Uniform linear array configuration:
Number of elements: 4
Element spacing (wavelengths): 0.25
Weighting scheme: cosine
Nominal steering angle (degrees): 60
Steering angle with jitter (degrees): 58.228
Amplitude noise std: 0.05
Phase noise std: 0.05

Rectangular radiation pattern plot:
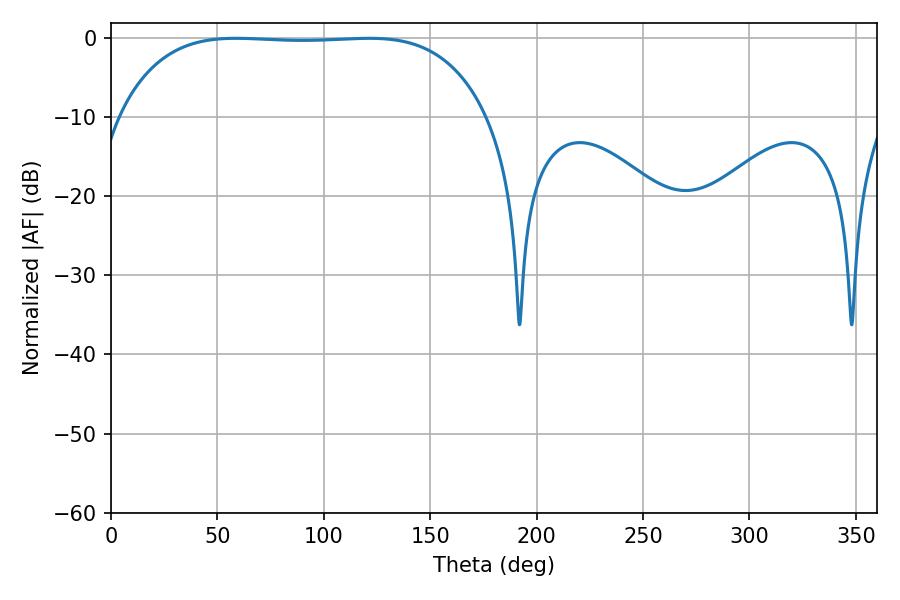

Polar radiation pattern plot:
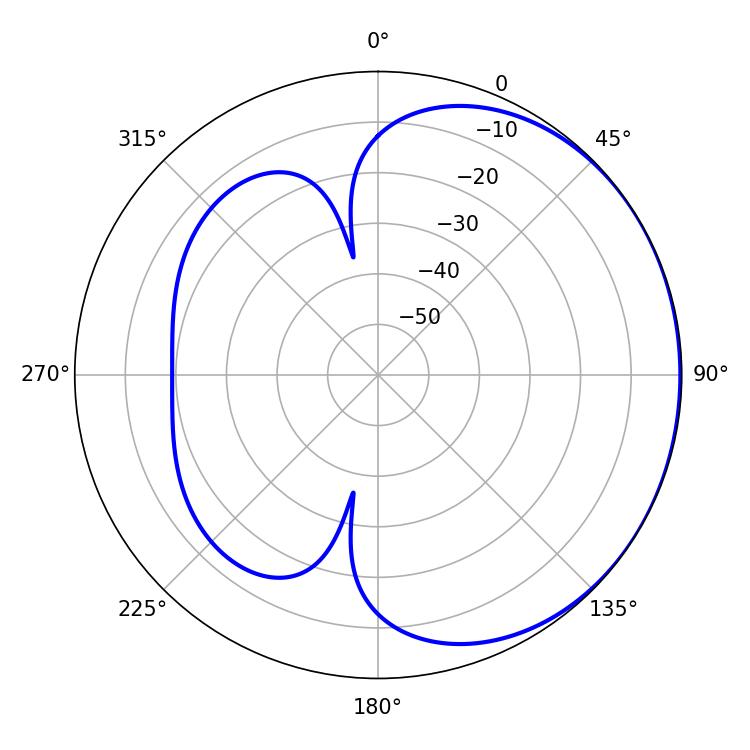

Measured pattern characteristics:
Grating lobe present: FALSE
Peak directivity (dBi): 0.6882
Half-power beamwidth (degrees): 135
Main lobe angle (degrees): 58.68